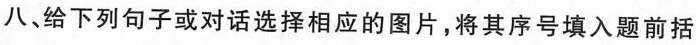
八、给下列句子或对话选择相应的图片,将其序号填入题前括